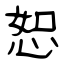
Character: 恕